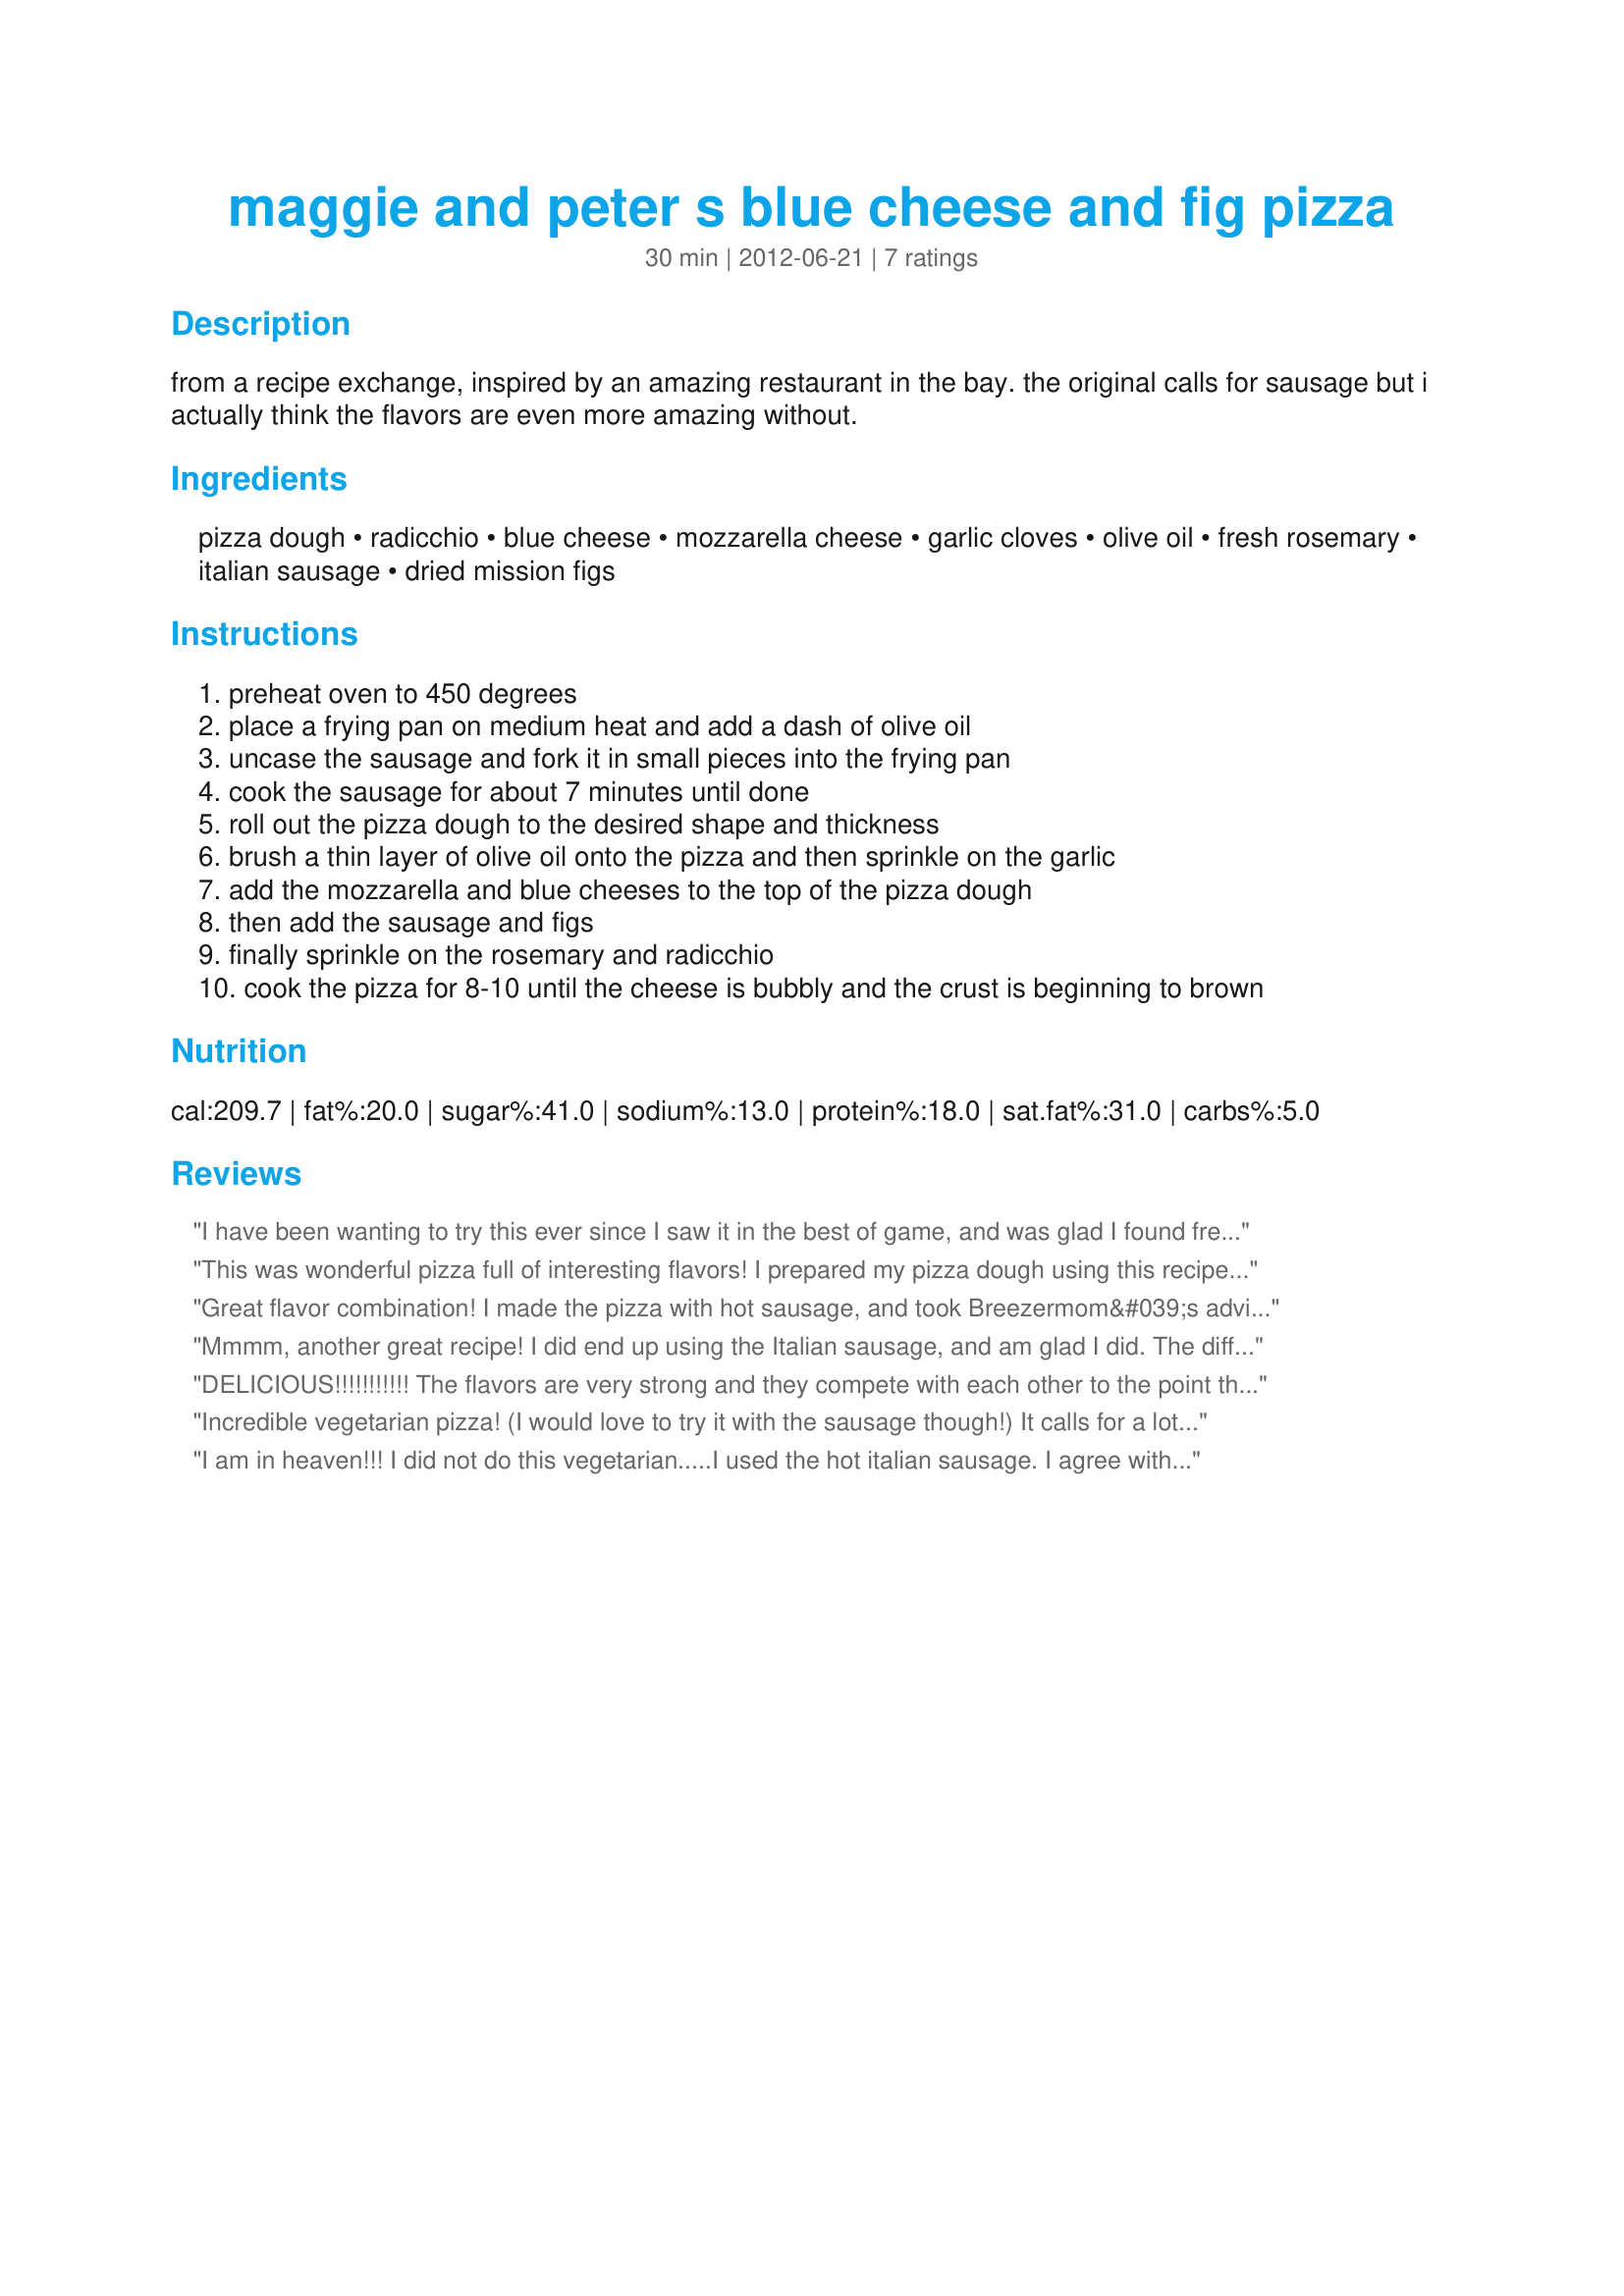
maggie and peter s blue cheese and fig pizza
Preparation time: 30 minutes

from a recipe exchange, inspired by an amazing restaurant in the bay. the original calls for sausage but i actually think the flavors are even more amazing without.

Ingredients:
pizza dough, radicchio, blue cheese, mozzarella cheese, garlic cloves, olive oil, fresh rosemary, italian sausage, dried mission figs

Steps:
preheat oven to 450 degrees
place a frying pan on medium heat and add a dash of olive oil
uncase the sausage and fork it in small pieces into the frying pan
cook the sausage for about 7 minutes until done
roll out the pizza dough to the desired shape and thickness
brush a thin layer of olive oil onto the pizza and then sprinkle on the garlic
add the mozzarella and blue cheeses to the top of the pizza dough
then add the sausage and figs
finally sprinkle on the rosemary and radicchio
cook the pizza for 8-10 until the cheese is bubbly and the crust is beginning to brown

Reviews:
I have been wanting to try this ever since I saw it in the best of game, and was glad I found fresh figs frozen to make it with - though I think fresh raw figs would have been even better. I followed that tip from another reviewer, along with others. We put the arugula on at the end raw, along with basil (instead of rosemary), skipped the mozzarella cheese and topped it with oven-crisped prosciutto. All these flavors work really well together and make for a great pizza.
This was wonderful pizza full of interesting flavors! I prepared my pizza dough using this recipe: #330617. I bought fresh mozzarella balls and used 1/2 cup of Rogue Creamery's 'Smoky Bleu' cheese made here in Oregon. We opted for arugula-also fresh and local. Used only six figs (unsulphered ones, too.) Fresh rosemary from the garden, fresh garlic from our CSA box and the sausage was omitted although we're thinking next time of adding a little bit of pancetta. Reveiwed for Veg Tag/July. Thank you!
Great flavor combination! I made the pizza with hot sausage, and took Breezermom&#039;s advice and added the arugula the last few minutes of baking. Tagged for Best of 2013 on 02/10, due 02/24/14.
Mmmm, another great recipe! I did end up using the Italian sausage, and am glad I did. The different flavors of sausage, blue cheese, figs, and arugula taste incredible together. I will be making this again and again- thanks for sharing.
DELICIOUS!!!!!!!!!!! The flavors are very strong and they compete with each other to the point that I couldn&#039;t really taste the figs, but we used fresh figs, so that may have made a difference. Either way, it didn&#039;t really matter because this was so tasty. We also used 2 links of Italian sausage and fresh radicchio from the garden. Thanks so much for posting it!
Incredible vegetarian pizza! (I would love to try it with the sausage though!) It calls for a lot of fig for one pizza, can use a bit less. Also next time I&#039;ll try tossing the greens with rosemary olive oil and black pepper, and sprinkle over the pizza at the very end, instead of baking them.
I am in heaven!!! I did not do this vegetarian.....I used the hot italian sausage. I agree with FLKeysJen.....the arugula tended to burn during baking.....think I&#039;d add it midway through baking. Love the bite from the arugula and blue cheese, the heat from the hot italian sausage and the sweet from the figs. This was amazing, and I highly recommend it. Thanks for sharing! Made for Best of 2013 Tag game. Fabulous!!
